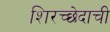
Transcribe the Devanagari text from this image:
शिरच्छेदाची